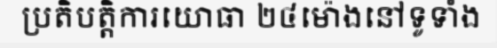
ប្រតិបត្តិការយោធា ២៤ម៉ោងនៅទូទាំង